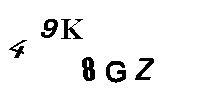
49K8GZ